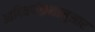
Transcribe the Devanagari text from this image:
आदिवर्णक्रमानुसार